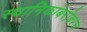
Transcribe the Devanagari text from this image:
स्थानिकांबरोबरच